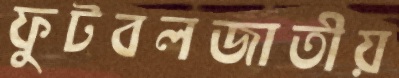
ফুটবলজাতীয়